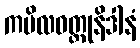
ကပိလဝတ္ထုနိဒါနံ